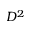
D ^ { 2 }